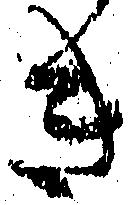
き